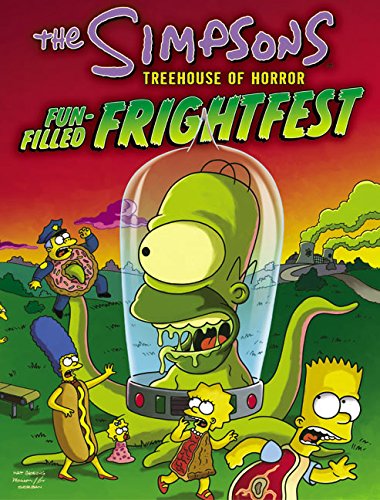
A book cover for The Simpsons Treehouse of Horror Fun-Filled Frightfest (Simpsons Books); Matt Groening; Humor & Entertainment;